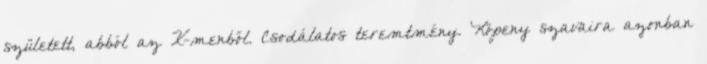
született, abból az X-menből. Csodálatos teremtmény. Köpeny szavaira azonban